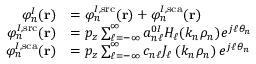
\begin{array} { r l } { \varphi _ { n } ^ { I } ( \mathbf { r } ) } & { = \varphi _ { n } ^ { I , \mathrm { s r c } } ( \mathbf { r } ) + \varphi _ { n } ^ { I , \mathrm { s c a } } ( \mathbf { r } ) } \\ { \varphi _ { n } ^ { I , \mathrm { s r c } } ( \mathbf { r } ) } & { = p _ { z } \sum _ { \ell = - \infty } ^ { \infty } a _ { n \ell } ^ { 0 I } H _ { \ell } ( k _ { n } \rho _ { n } ) e ^ { j \ell \theta _ { n } } } \\ { \varphi _ { n } ^ { I , \mathrm { s c a } } ( \mathbf { r } ) } & { = p _ { z } \sum _ { \ell = - \infty } ^ { \infty } c _ { n \ell } J _ { \ell } \left( k _ { n } \rho _ { n } \right) e ^ { j \ell \theta _ { n } } } \end{array}